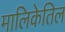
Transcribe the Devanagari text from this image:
मालिकेतिल